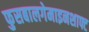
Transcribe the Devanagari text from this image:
फुसबालगेमाइनशाफ्ट